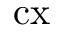
\mathrm { c x }